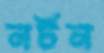
নর্টন